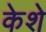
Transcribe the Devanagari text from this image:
केशे